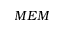
M E M